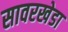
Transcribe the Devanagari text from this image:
सावरखेडा